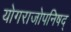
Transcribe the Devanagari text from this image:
योगराजोपनिषद्